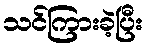
သင်ကြားခဲ့ပြီး